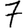
Digit: 7